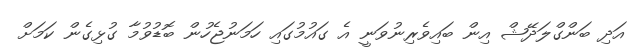
އަދި ބަންގްލަދޭޝް އިން ބައިވެރިނުވަނީ އެ ގައުމުގައި ހަމަނުޖެހުން ބޮޑުވުމާ ގުޅިގެން ކަމަށް